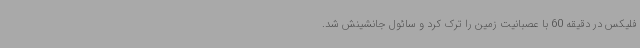
فلیکس در دقیقه 60 با عصبانیت زمین را ترک کرد و سائول جانشینش شد.